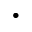
\cdot